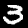
Label: 3